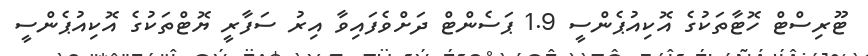
ޓޫރިސްޓް ހޮޓާތަކުގެ އޮކިއުޕެންސީ 1.9 ޕަސެންޓް ދަށްވެފައިވާ އިރު ސަފާރީ ޔޮޓްތަކުގެ އޮކިއުޕެންސީ